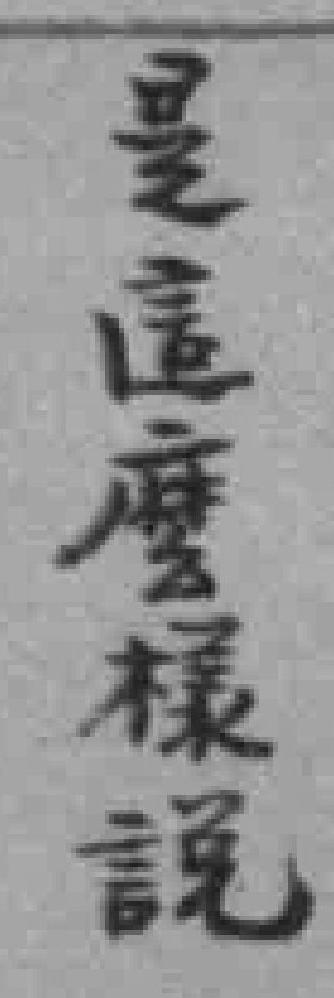
是這麽樣說